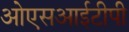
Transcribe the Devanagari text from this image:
ओएसआईटीपी